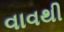
વાવથી